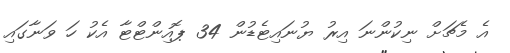
އެ މެޗަށް ނިކުންނަ އިރު ޔުނައިޓެޑުން 34 ޕޮއިންޓްޓާ އެކު ހަ ވަނާގައި